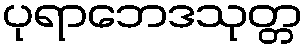
ပုရာဘေဒသုတ္တ